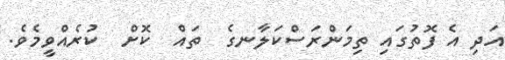
އަދި އެ ފޮތުގައި ތިމަންރަސްކަލާނގެ  ތައް  ކޮށް  ކުރެއްވީމެވެ.